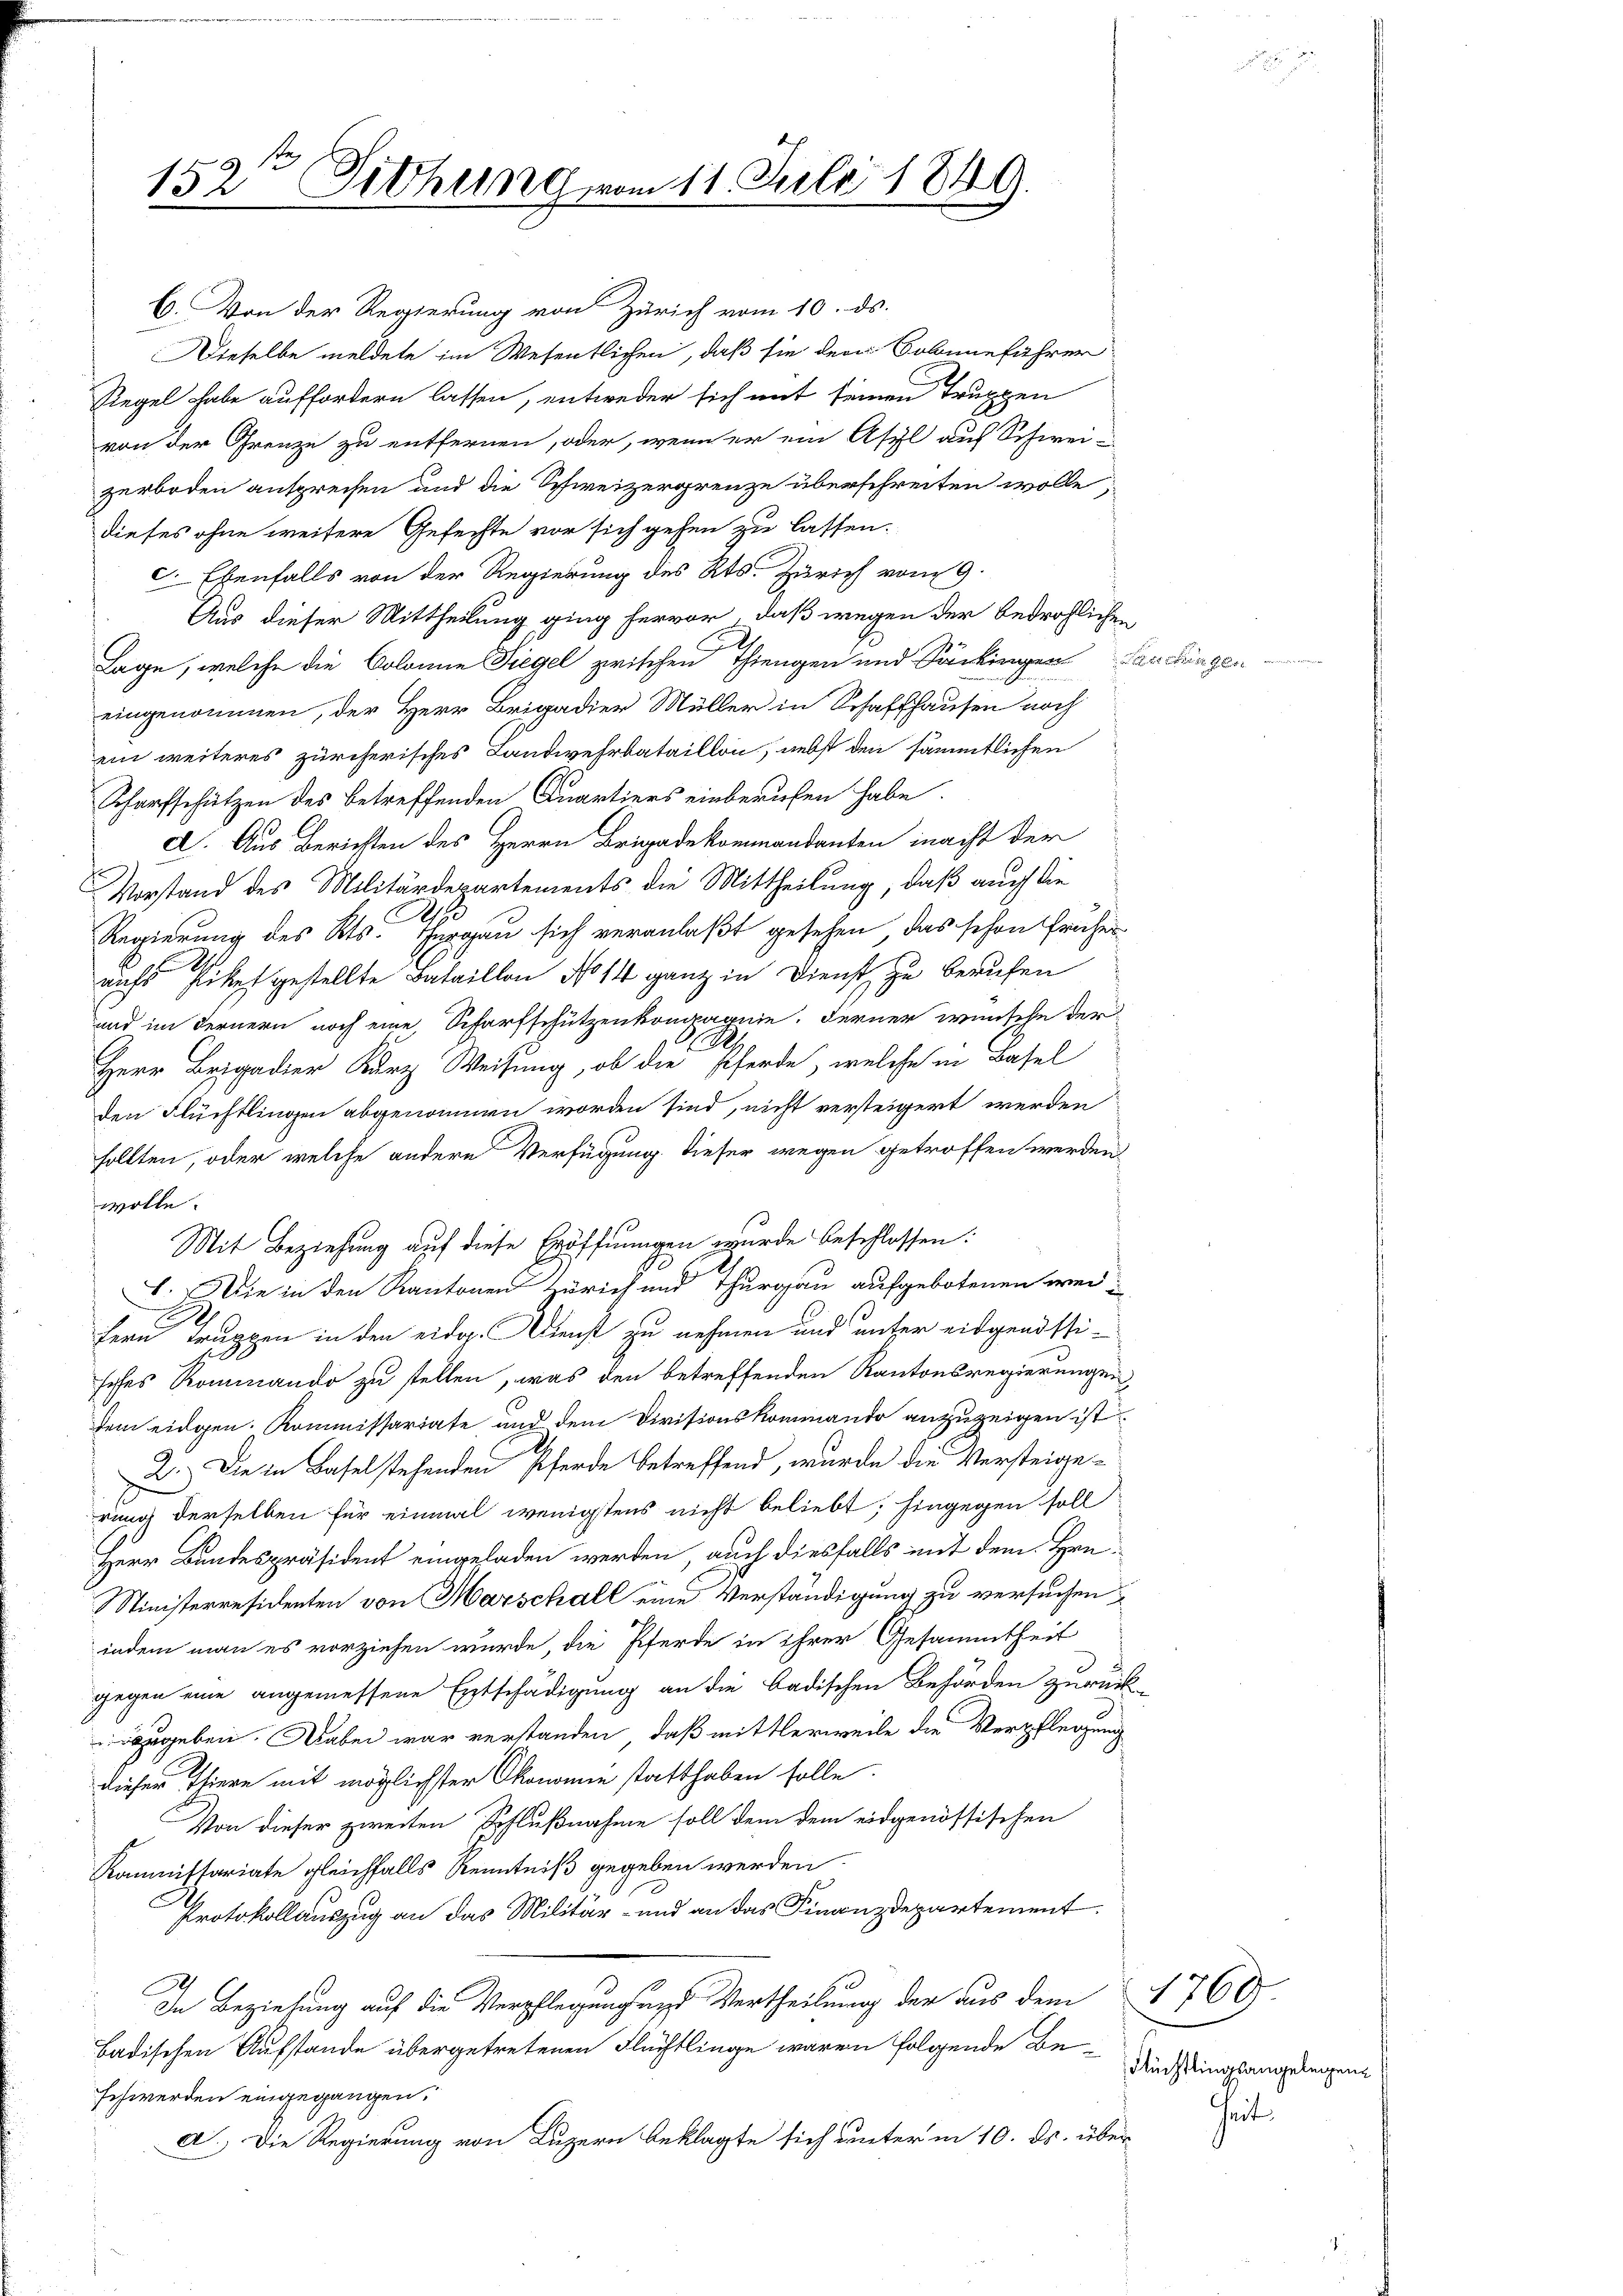
152 Sitzung vom 11. Juli 1849.

C. Von der Regierung von Zürich vom 10. ds.
Dieselbe meldete im Wesentlichen, daß sie der Solangeführer
Siegel habe auffordern lassen, entweder sich mit seinen Truppen
von der Grenze zu entfernen, oder, wenn er ein Asyl auf Schwei-
zerboden ansprechen und die Schweizergrenze überschreiten wolle
dieses ohne weitere Gefechte vor sich gehen zu lassen.
c. Ebenfalls von der Regierung des Kts. Zürich vom 9.
Aus dieser Mittheilung ging hervor, daß wegen der bedrohlichen
Lage, welche die Colonie Siegel zwischen Thiengen und Säckingen Landlungen
eingenommen, der Herr Brigadier Müller in Schaffhausen noch
ein weiteres zürcherisches Landwehrbataillon, nebst den sämmtlichen
Scharfschützen des betreffenden Quartiers einberufen habe.
c. Aus Berichten des Herrn Brigadekommandanten macht der
Vorstand des Militärdepartements die Mittheilung, daß auch die
Regierung des Kts. Thurgau sich veranlaßt gesehen, das schon früher
aufs Libet gestellte Bataillon No 14 ganz in Dienst zu berufen
und im Fernern noch eine Scharfschützenkompagnie. Ferner wünsche der
Herr Brigadier Kurz Weisung, ob die Pferde, welche in Basel
den Flüchtlingen abgenommen worden sind, nicht versteigert werden
sollten, oder welche andere Verfügung. Dieser wegen getroffen werden
wolle.
Mit Beziehung auf diese Eröffnungen wurde beschlossen:
1. Wie in den Kantonen Zürich und Thurgau aufgebotenen wei¬
A
.
fern Truppen in den eidg. Dienst zu nehmen und unter eidgendstisches Rominando zu stellen, was den betreffenden Kantonsregierungen
dem eidgen. Kommissariate und dem Divisionskommando anzuzeigen ist
2.) Die in Basel stehenden Pferde betreffend, wurde die Versteige-
rung derselben für einmal wenigstens nicht beliebt; hingegen soll
Herr Bundespräsident eingeladen werden, auch diesfalls mit dem Hrn.
Ministerresidenten von Marschall eine Verständigung zu versuchen
indem man es vorziehen wurde, die Pferde in ihrer Gesammtheit
gegen eine angemessene Entschädigung an die badischen Behörden zurück-
zugeben. Dabei war verstanden, daß mittlerweile die Verpflegung
dieser Iliere mit möglichster Okonomie statthaben solle.
Von dieser zweiten Schlußnahme soll dem dem eidgenössischen
Kommissariate gleichfalls Kenntniß gegeben werden
Protokollauszug an das Militär- und an das Finanzdepartement
In Beziehung auf die Verpflegung und Vertheilung der aus dem 769
badischen Aufstande übergetretenen Flüchtlinge waren folgende Be
schwerden eingegangen.
A.) Die Regierung von Luzern beklagte sich unter in 10. ds. über

Flüchtlingsangelegen
Zeit